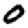
Digit: 0